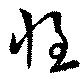
惶